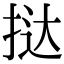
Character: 挞